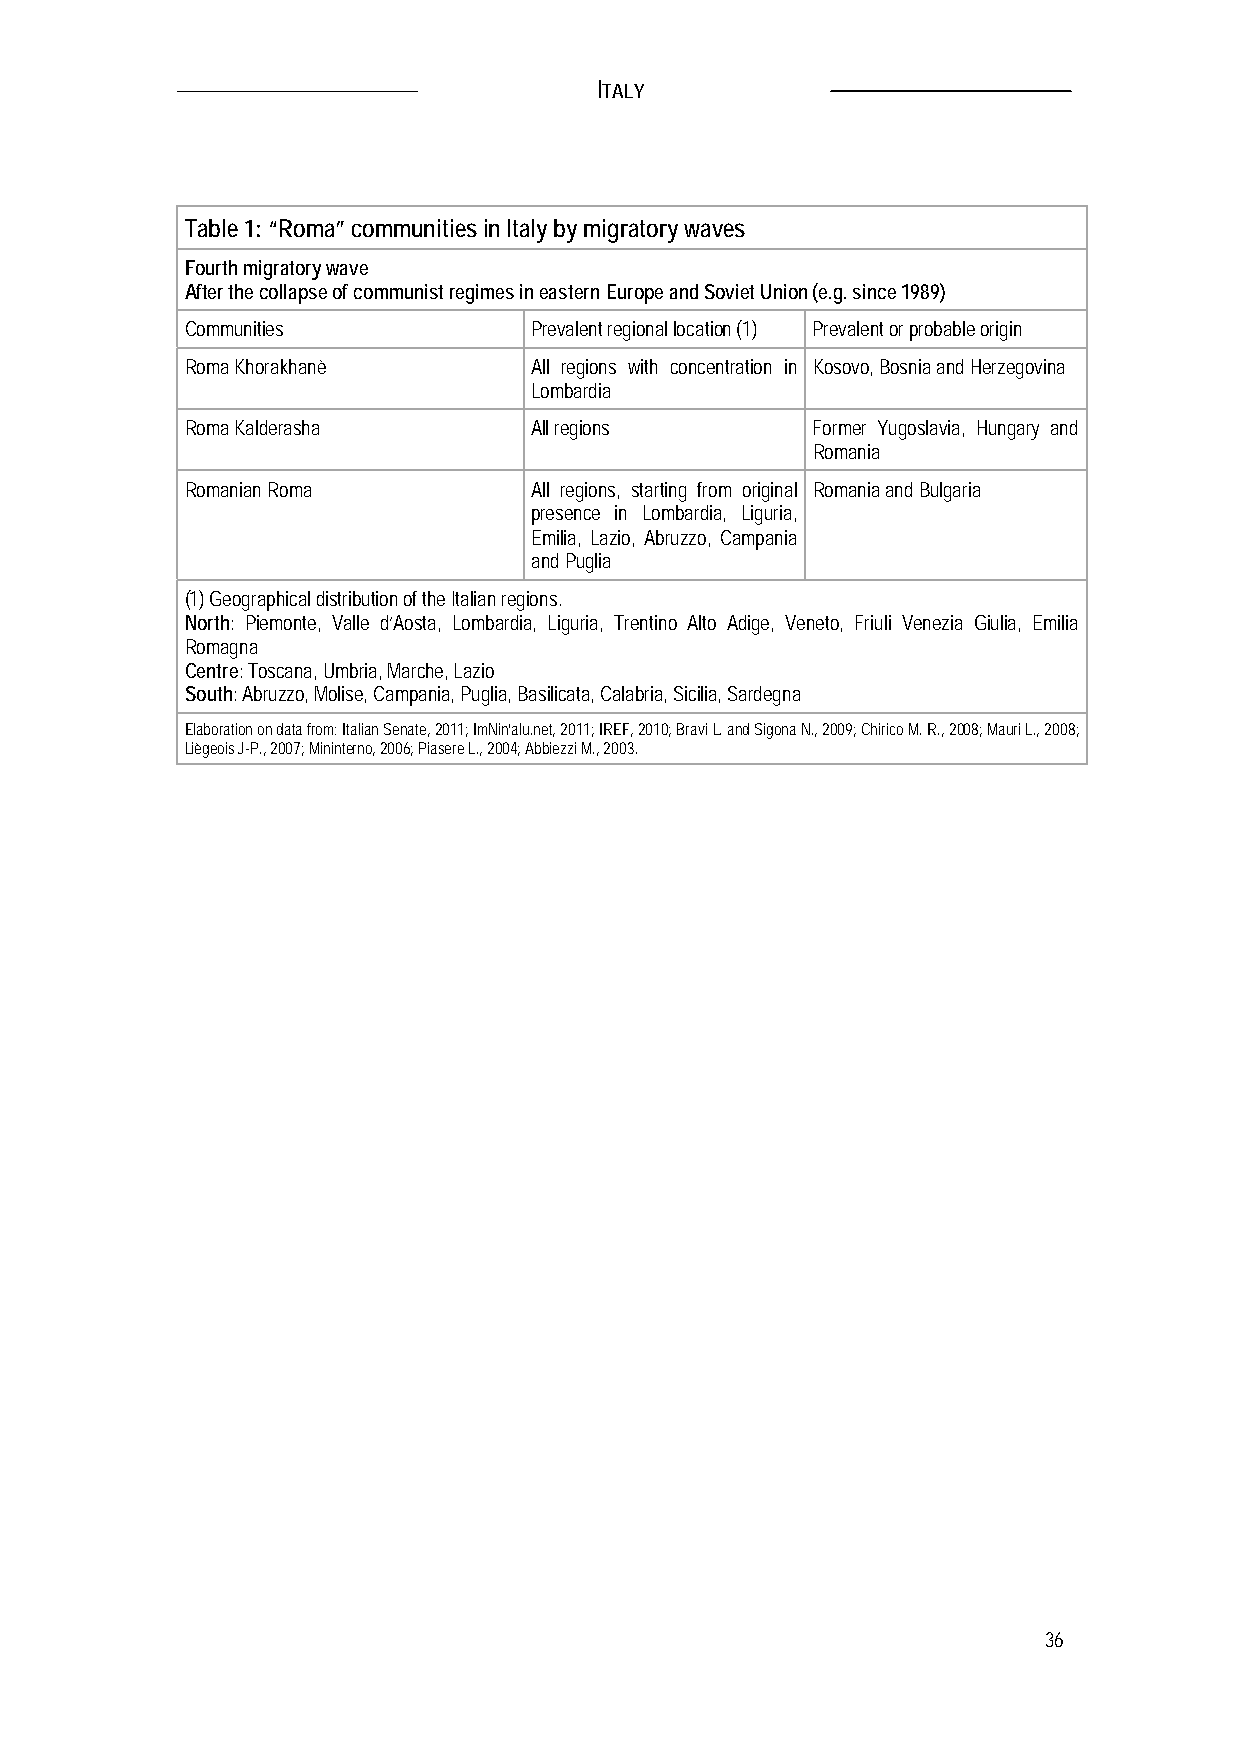
ITALY
 Table 1: “Roma” communities in Italy by migratory waves
 Fourth migratory wave
 After the collapse of communist regimes in eastern Europe and Soviet Union (e.g. since 1989)
 Communities            Prevalent regional location (1) Prevalent or probable origin
 Roma Khorakhanè        All regions with concentration in Kosovo, Bosnia and Herzegovina
 Lombardia
 Roma Kalderasha        All regions        Former Yugoslavia, Hungary and
 Romania
 Romanian Roma          All regions, starting from original Romania and Bulgaria
 presence in Lombardia, Liguria,
 Emilia, Lazio, Abruzzo, Campania
 and Puglia
 (1) Geographical distribution of the Italian regions.
 North: Piemonte, Valle d’Aosta, Lombardia, Liguria, Trentino Alto Adige, Veneto, Friuli Venezia Giulia, Emilia
 Romagna
 Centre: Toscana, Umbria, Marche, Lazio
 South: Abruzzo, Molise, Campania, Puglia, Basilicata, Calabria, Sicilia, Sardegna
 Elaboration on data from: Italian Senate, 2011; ImNin’alu.net, 2011; IREF, 2010; Bravi L. and Sigona N., 2009; Chirico M. R., 2008; Mauri L., 2008;
 Liègeois J-P., 2007; Mininterno, 2006; Piasere L., 2004; Abbiezzi M., 2003.
 36